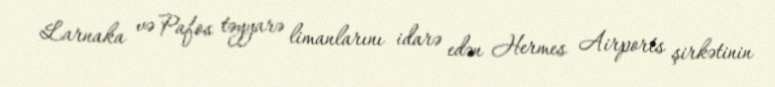
Larnaka və Pafos təyyarə limanlarını idarə edən Hermes Airports şirkətinin